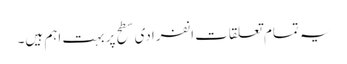
یہ تمام تعلقات انفرادی سطح پر بہت اہم ہیں۔